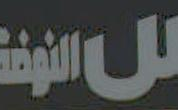
النهضة